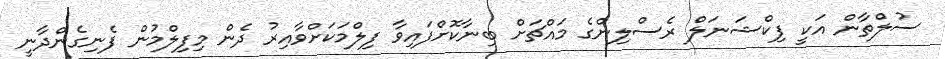
ސުލްތާން އަކީ ފިކްޝަނަލް ރެސްލިންގެ މައްޗަށް ބިނާކޮށްފައިވާ ފިލްމަކަށްވާއިރު ދެން މިފިލްމުން ފެނިގެންދާނީ